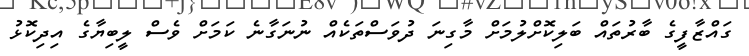
ގައްޒާފީގެ ބާރުތައް ބަލިކޮށްލުމަށް މާގިނަ ދުވަސްތަކެއް ނުނަގާނެ ކަމަށް ވެސް ލީބިޔާގެ އިދިކޮޅު